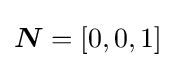
{\boldsymbol {N}}=[0,0,1]